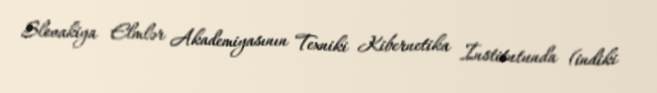
Slovakiya Elmlər Akademiyasının Texniki Kibernetika İnstitutunda (indiki